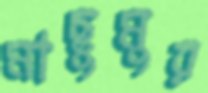
মাছুমুর